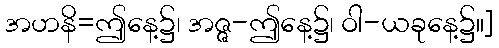
အဟနိ=ဤနေ့၌၊ အဇ္ဇ-ဤနေ့၌၊ ဝါ-ယခုနေ့၌။]